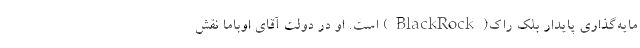
مایه‌گذاری پایدار بلک راک(BlackRock) است. او در دولت آقای اوباما نقش